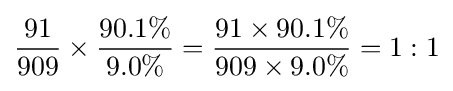
{\frac {91}{909}}\times {\frac {90.1\%}{9.0\%}}={\frac {91\times 90.1\%}{909\times 9.0\%}}=1:1